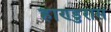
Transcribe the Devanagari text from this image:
हाण्डुरास